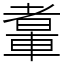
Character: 䡤